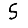
Digit: 5